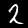
Label: 2